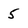
Character: 5